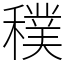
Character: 穙